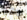
وهو